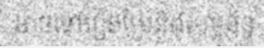
អាចទៅរៀនប្រែនិងសម្ពន័ន្ធ